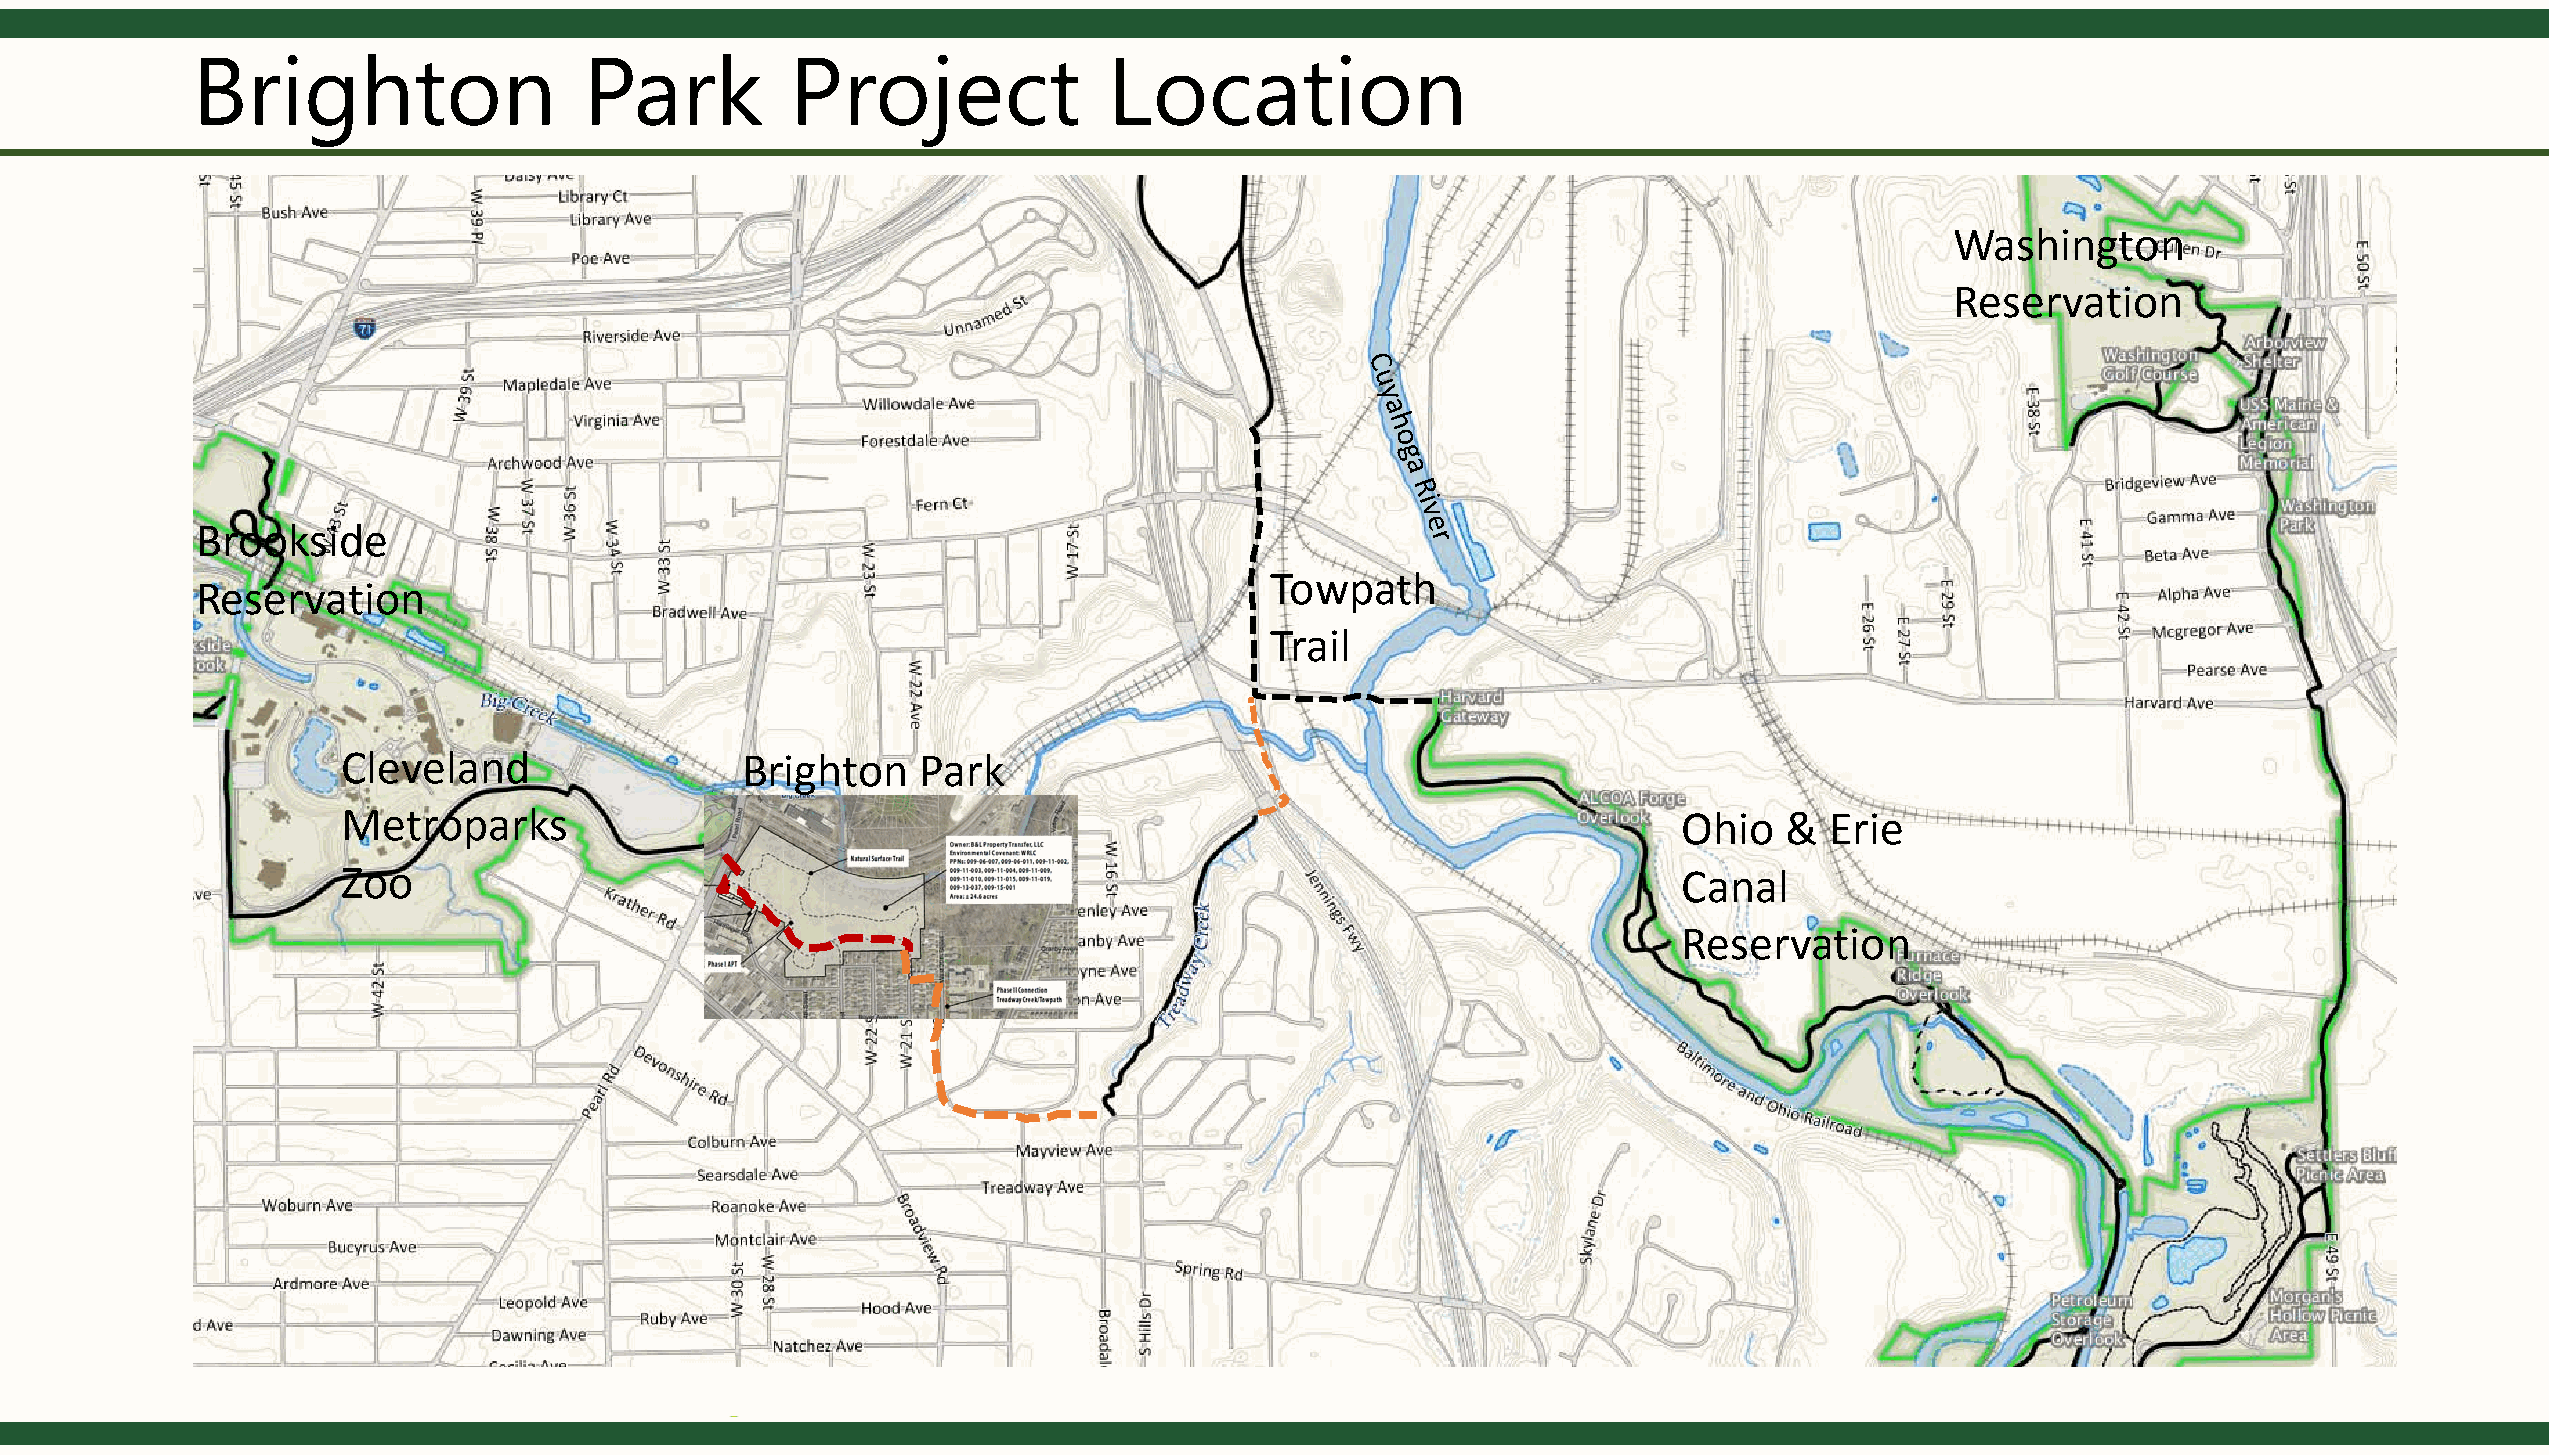
Brighton                  Park         Project              Location
 Washington
 Reservation
 Brookside
 Towpath
 Reservation
 Trail
 Cleveland                 Brighton    Park
 Metroparks                                                                              Ohio   &  Erie
 Zoo                                                                                     Canal
 Reservation